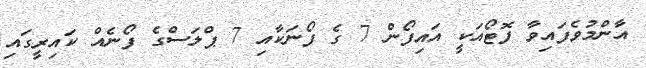
އާންމުވެފައިވާ ފޮޓޯއަކީ އައިފޯން 7 ގެ ފޯނަކާއި 7 ޕްލަސްގެ ފޯނެއް ކައިރީގައި